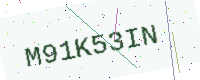
Text: M91K53IN